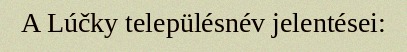
A Lúčky településnév jelentései: